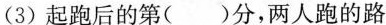
(3)起跑后的第( )分，两人跑的路